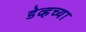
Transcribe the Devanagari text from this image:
डेव्हच्या